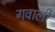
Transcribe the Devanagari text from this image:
गवाली